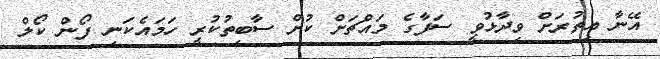
އޭނާ އިތުރަށް ވިދާޅުވީ ސަފާގެ މައްޗަށް ކުށް ސާބިތުކުރީ ހަމައެކަނި ފޯން ކޯލް